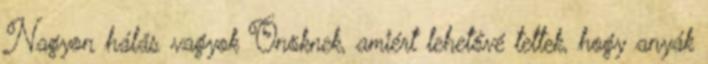
Nagyon hálás vagyok Önöknek, amiért lehetővé tettek, hogy anyák